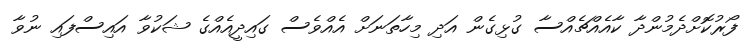
ފޯރުކޮށްދެމުންދާ ކާއެއްޗެއްސާ ގުޅިގެން އަދި މިހާތަނަށް އެއްވެސް ގައިދީއެއްގެ ޝަކުވާ އައިސްފައި ނުވާ